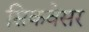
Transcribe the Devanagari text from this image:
सिकवेसर